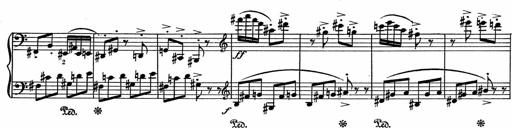
Title: 3Ã¨me Sonatine
Composer: Raffaele d' Alessandro